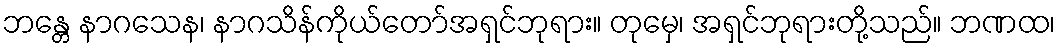
ဘန္တေ နာဂသေန၊ နာဂသိန်ကိုယ်တော်အရှင်ဘုရား။ တုမှေ၊ အရှင်ဘုရားတို့သည်။ ဘဏထ၊